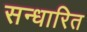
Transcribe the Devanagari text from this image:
सन्धारित